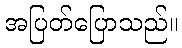
အပြတ်ပြောသည်။